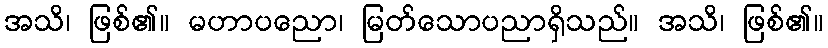
အသိ၊ ဖြစ်၏။ မဟာပညော၊ မြတ်သောပညာရှိသည်။ အသိ၊ ဖြစ်၏။